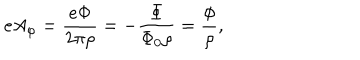
e A _ { \varphi } = { \frac { e \Phi } { 2 \pi \rho } } = - { \frac { \Phi } { \Phi _ { 0 } \rho } } = { \frac { \phi } { \rho } } ,